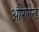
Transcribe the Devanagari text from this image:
औरलेन्ड